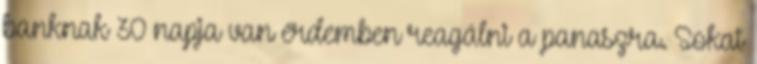
banknak 30 napja van érdemben reagálni a panaszra. Sokat